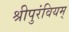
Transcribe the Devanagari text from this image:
श्रीपुरंवियम्